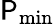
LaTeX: \mathsf{P}_{\mathrm{{min}}}